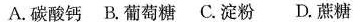
A.碳酸钙 B.葡萄糖 C.淀粉 D.蔗糖